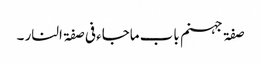
صفۃ جہنم باب ماجاء فی صفۃ النار ۔